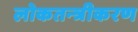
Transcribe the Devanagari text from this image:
लोकतन्‍त्रीकरण